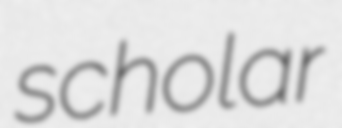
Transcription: scholar